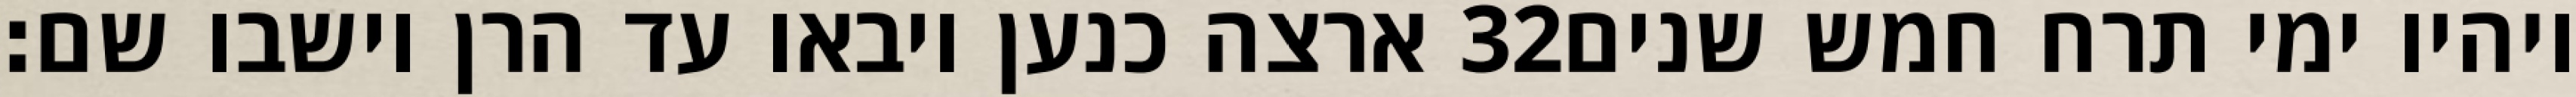
ארצה כנען ויבאו עד הרן וישבו שם׃ ‎32‏ ויהיו ימי תרח חמש שנים